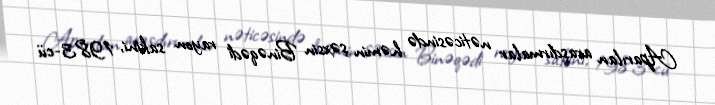
Aparılan araşdırmalar nəticəsində həmin şəxsin Binəqədi rayon sakini, 1983-cü